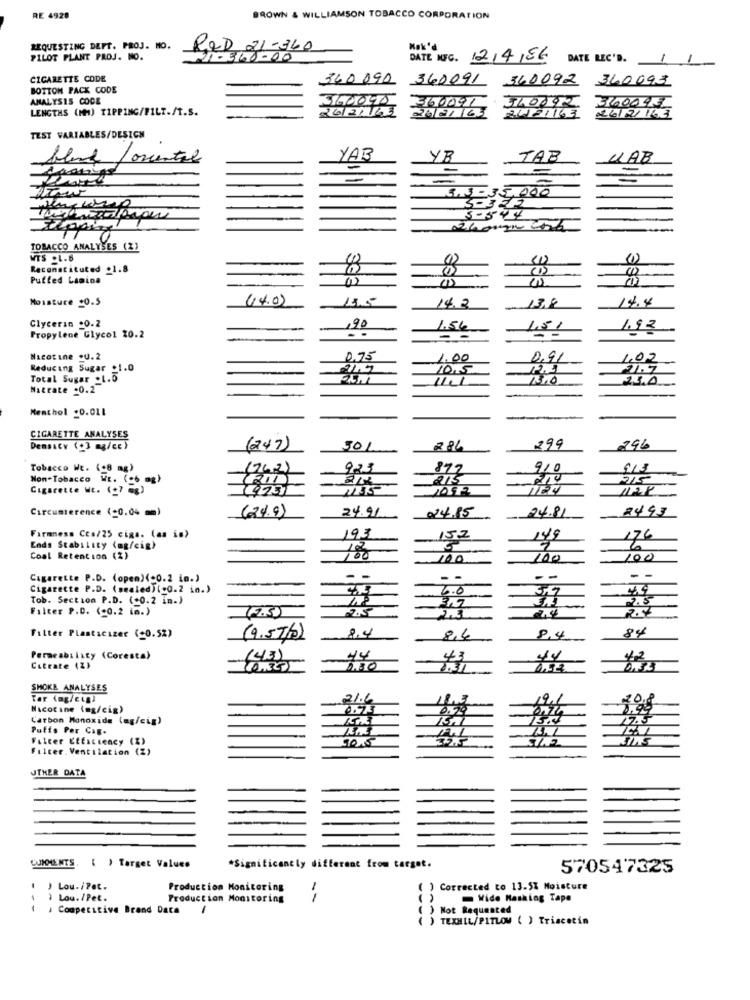
RE 4928
BROWN & WILLIAMSON TOBACCO CORPORATION
REQUESTING DEPT. PROJ. MO.
RED 21-360
Nak'd
PILOT PLANT PROJ. NO.
21-3140000
DATE NFC. 12/4/56 DATE REC'D. 14
CIGARETTE CODE
340 090
360091
360092 360093
BOTTOM PACK CODE
ANALYSIS CODE
360001
LENGTHS (MM) TIPPING/FILT./T.S.
2612/163
TEST VARIABLES/DESIGN
blank /oriental
YAB
YB
TAB
UAB
-
3.3 -35,000
5-544
TOBACCO ANALYSES (Z)
WTS .1.6
0
Reconstituted .1.8
Puffed Lamina
Moisture +0.5
138
14.4
14.2
Glycerin .0.2
,90
1,56
451
Propylene Glycol 20.2
Nicotine .U.2
0.75
1.00
0.91
402
Reducing Sugar _1.0
10,5
21.7
Total Sugar _1.5
23.4
Nitrate .0.2
Menthol .0.011
CIGARETTE ANALYSES
299
Density (+3 mg/cc)
(247)
501
296
Tobacco Wt. (+8 mg)
922.3
877
910
Non-Tobacco WE. ( .. .. )
(762)
215
219
Cigarette Wt. (27 mg)
Circumterence (-0.04 mm)
(24.9)
24.91
024.85
24.81
24.93
Firmness Ces/25 cigs. (as in)
193
149
Ends Stability (mg/cig)
Coal Retent ion (%)
100
100
100
100
Cigarette P.D. (open)(-0.2 in.)
--
- -
-
-
- -
Cigarette P.D. (sealed)(.0.2 in.)
6.0
Tob. Section P.D. (+0.2 in.)
2.5
Filter P.D. (-0.2 in.)
(2.5)
84
Filter Plantscizer (+0.52)
(9.57/2)
8,4
8,6
8.4
Permeability (Coresta)
(43)
44
43
44
Citrate (2)
2.30
SMOKE ANALYSES
Tar (ag/cigl
21.6
19,
Nicotine (mg/cig>
0.79
Carbon Monoxide (ag/cig)
1504
Puffs Per Cap.
Filter Efficiency (Z)
90.5
Filter. Ventilation (2)
JTHER DATA
LUNMENTS. ( ) Target Values
*Significantly different from target.
570547325
1 ) Lou./Pet.
Production Monitoring
Corrected to 13.5% Moisture
1 ) Lou./Pet.
Production Monitoring
--
Wide Masking Tape
( . Competitive Brand Data
( )
Not Requested
( ) TEXHIL/PITLOW ( ) Triacetin